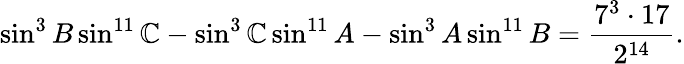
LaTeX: \sin^{3}B\sin^{11}\mathbb{C}-\sin^{3}\mathbb{C}\sin^{11}A-\sin^{3}A\sin^{11}B={\frac{{7^{3}\cdot17}}{{2^{14}}}}.